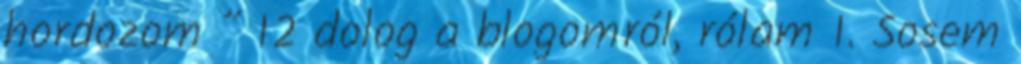
hordozom ” 12 dolog a blogomról, rólam 1. Sosem